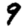
Digit: 9